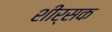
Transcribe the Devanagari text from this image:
शीर्सक